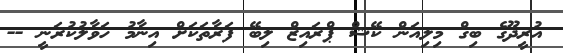
އުރީދޫގެ ބިގް މިލިއަން ކޭޝް ޕްރައިޒް ލިބޭ ފަރާތަކަށް އިނާމު ހަވާލުކުރަނީ --